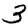
Digit: 3